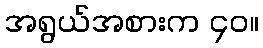
အရွယ်အစားက ၄၀။